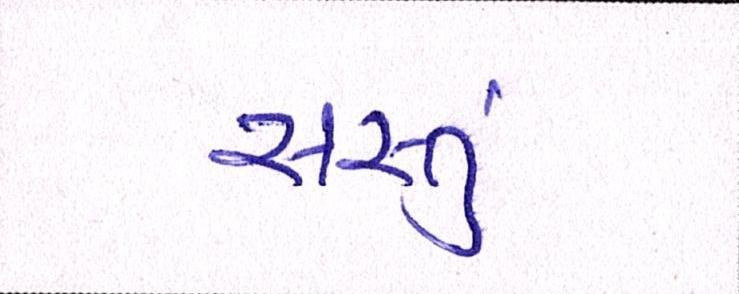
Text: સસ્તું